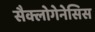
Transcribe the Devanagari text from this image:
सैक्लोगेनेसिस